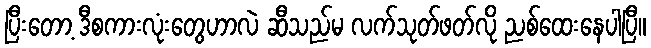
ပြီးတော့ ဒီစကားလုံးတွေဟာလဲ ဆီသည်မ လက်သုတ်ဖတ်လို ညစ်ထေးနေပါပြီ။